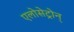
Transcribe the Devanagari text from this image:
एलोसेट्रोन्